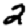
Digit: 2